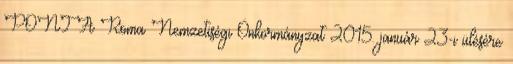
PONT A Roma Nemzetiségi Önkormányzat 2015. január 23-i ülésére